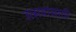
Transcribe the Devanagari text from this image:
उत्सवांसाठी